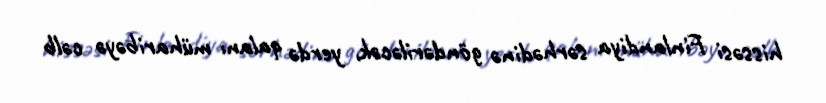
hissəsi Finlandiya sərhədinə göndəriləcək, yerdə qalanı müharibəyə cəlb